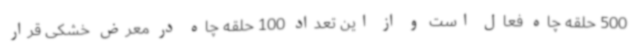
500 حلقه چاه فعال است و از این تعداد 100 حلقه چاه در معرض خشکی قرار